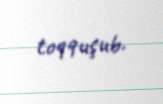
toqquşub.